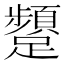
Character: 𮜫